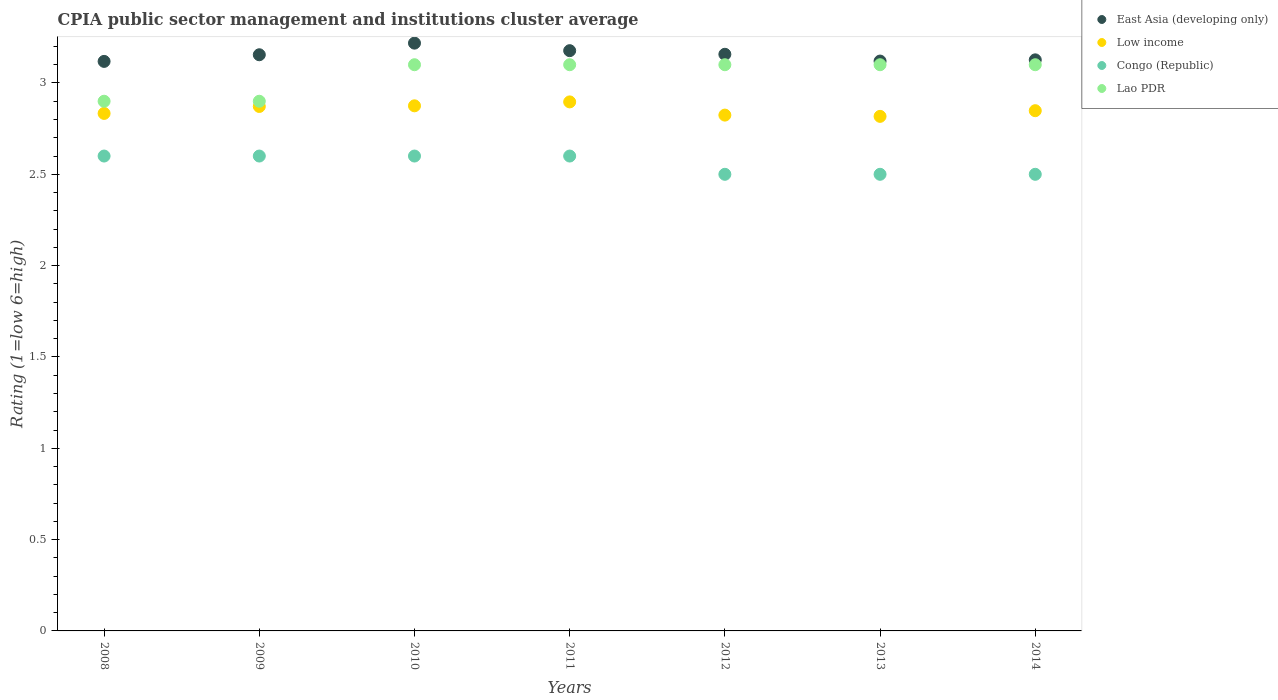
| Years | East Asia (developing only) | Low income | Congo (Republic) | Lao PDR |
 | --- | --- | --- | --- | --- |
 | 2008 | 3.12 | 2.83 | 2.6 | 2.9 |
 | 2009 | 3.15 | 2.87 | 2.6 | 2.9 |
 | 2010 | 3.22 | 2.88 | 2.6 | 3.1 |
 | 2011 | 3.18 | 2.9 | 2.6 | 3.1 |
 | 2012 | 3.16 | 2.82 | 2.5 | 3.1 |
 | 2013 | 3.12 | 2.82 | 2.5 | 3.1 |
 | 2014 | 3.13 | 2.85 | 2.5 | 3.1 |